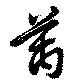
万